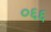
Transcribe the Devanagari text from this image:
०६६